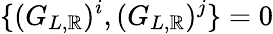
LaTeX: \{ (G_{L,\mathbb{R}})^{i},(G_{L,\mathbb{R}})^{j}\} =0